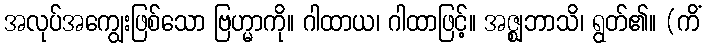
အလုပ်အကျွေးဖြစ်သော ဗြဟ္မာကို။ ဂါထာယ၊ ဂါထာဖြင့်။ အဇ္ဈဘာသိ၊ ရွတ်၏။ (ကိံ